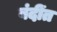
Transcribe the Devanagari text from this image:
बंदींत